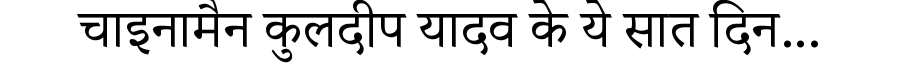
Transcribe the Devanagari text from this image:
चाइनामैन कुलदीप यादव के ये सात दिन...